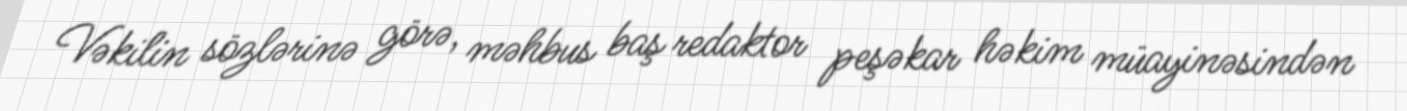
Vəkilin sözlərinə görə, məhbus baş redaktor peşəkar həkim müayinəsindən